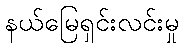
နယ်မြေရှင်းလင်းမှု